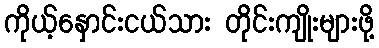
ကိုယ့်နှောင်းငယ်သား တိုင်းကျိုးများဖို့